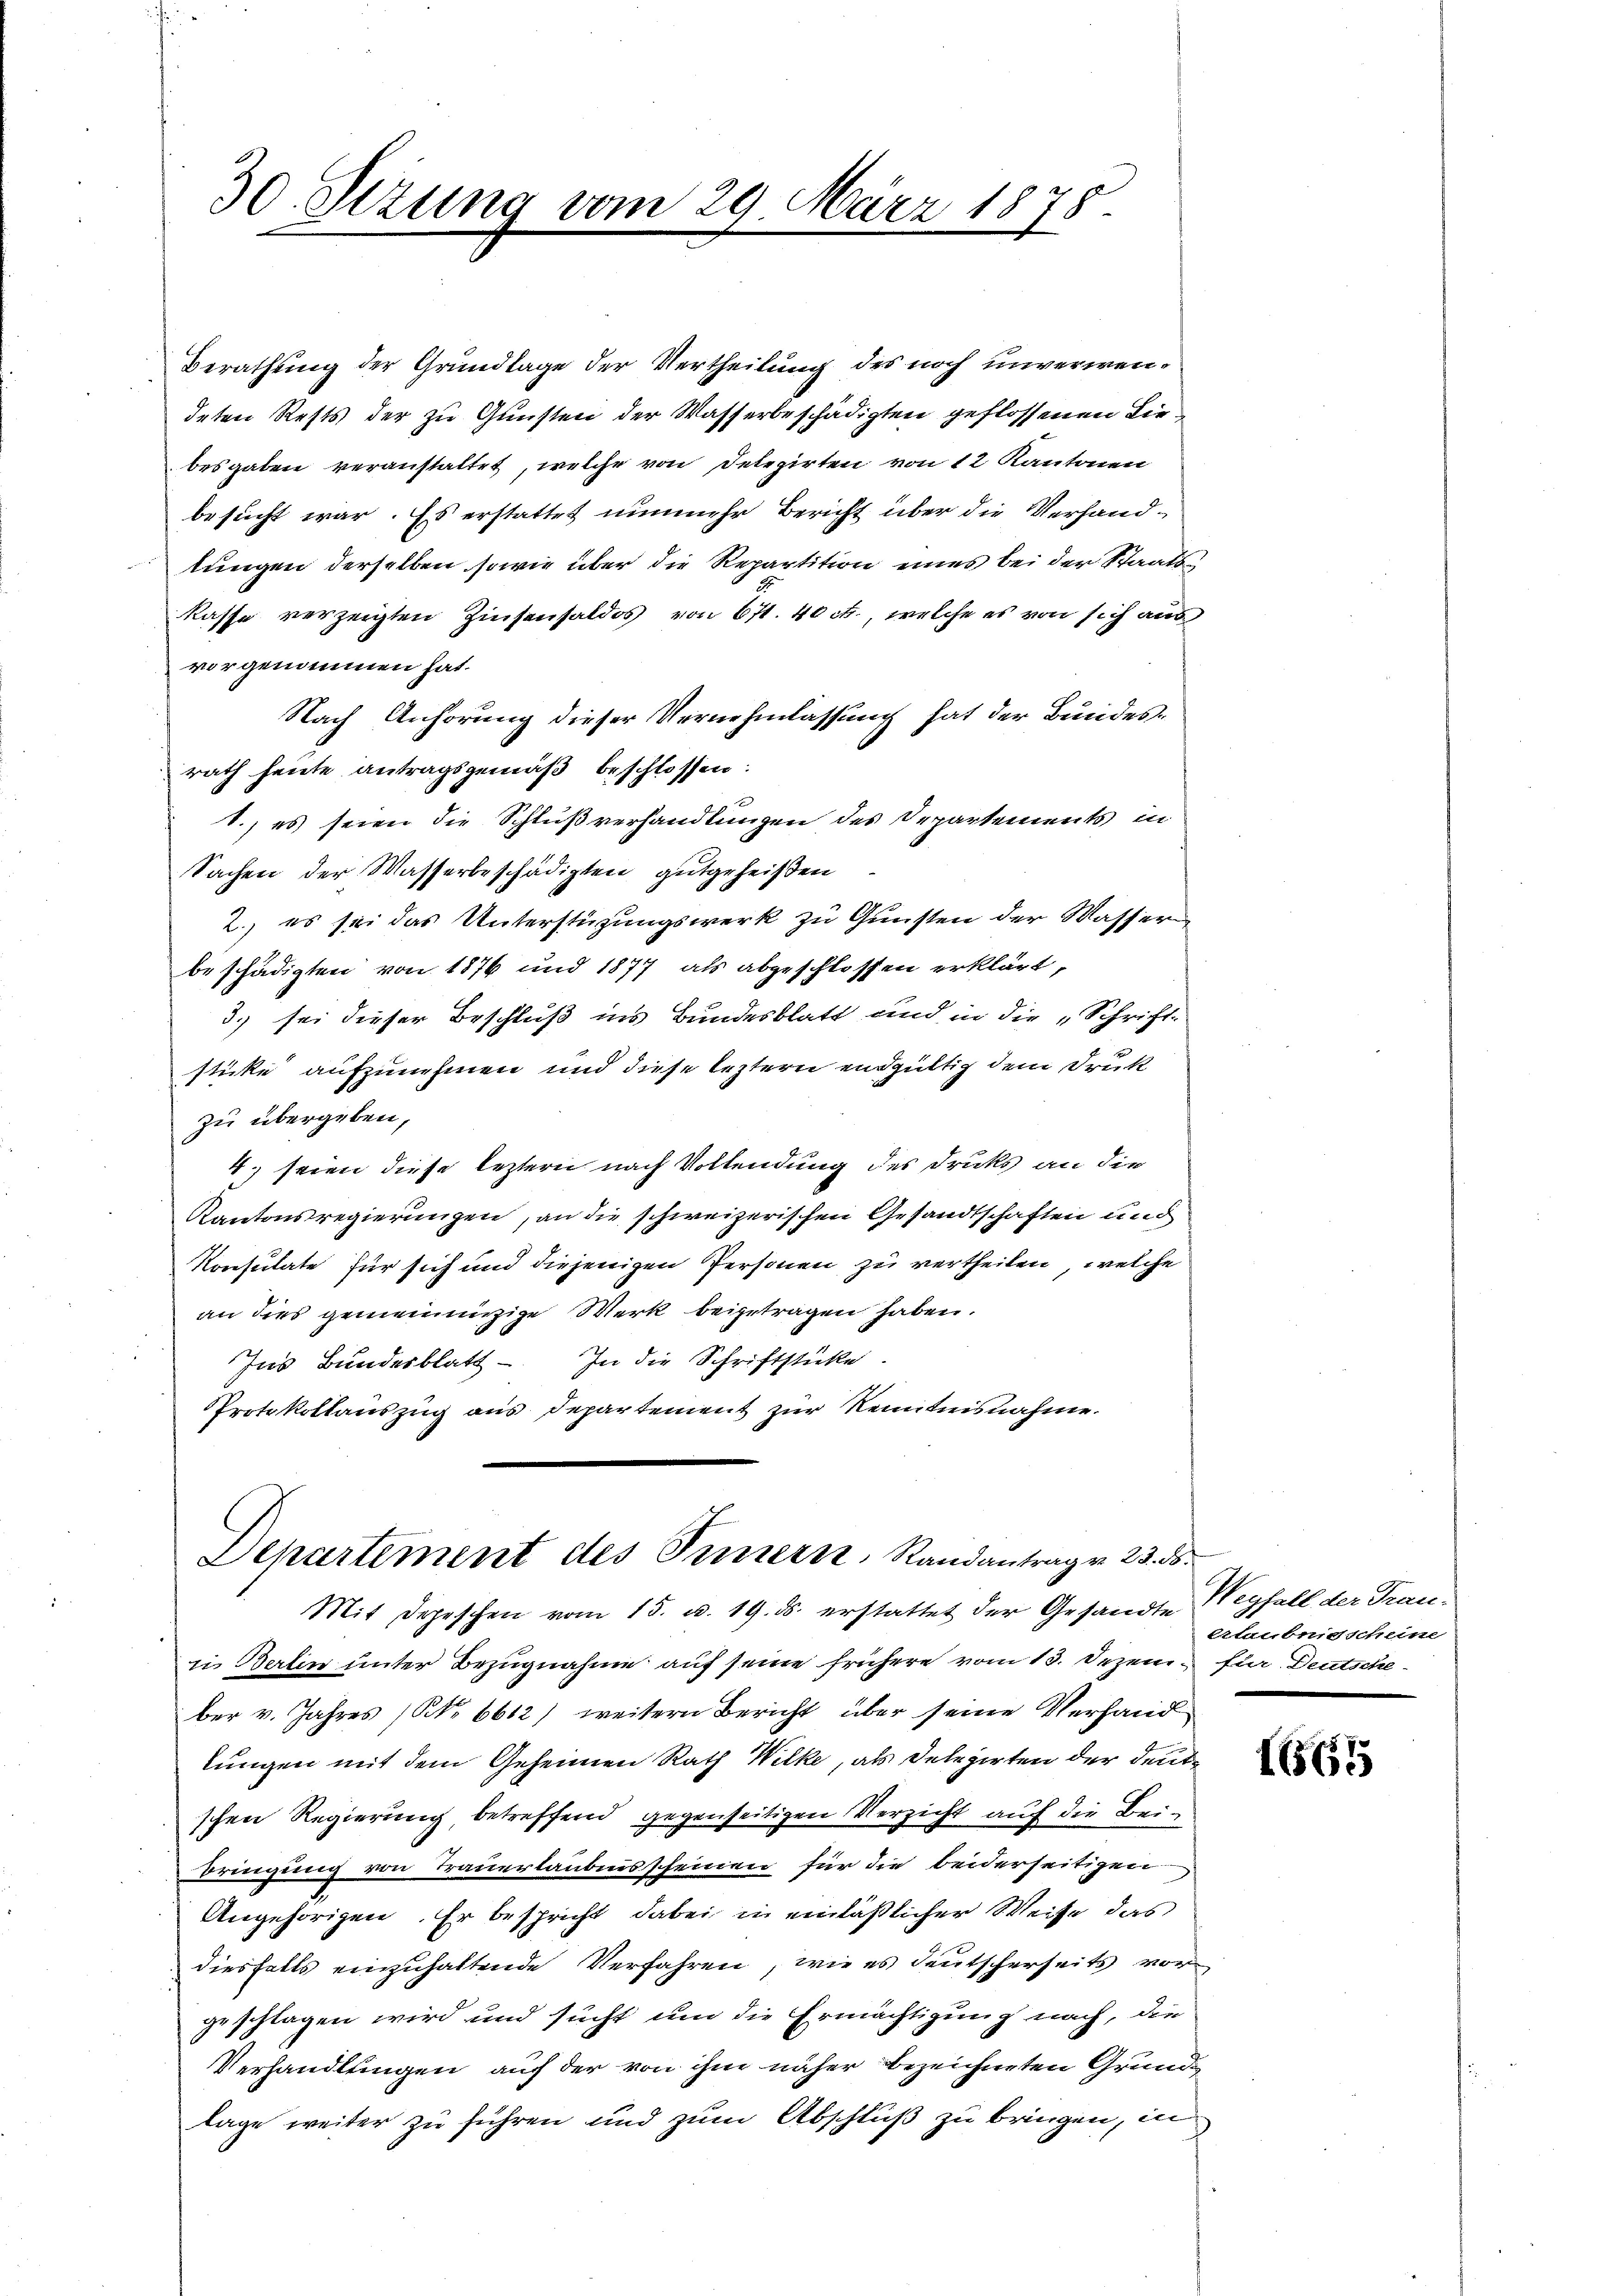
30 Setzung vom 29. März 1878

Berathung der Grundlage der Vertheilung des noch unverwendeten Rests der zu Gunsten der Wasserbeschädigten geflossenen Liebesgaben veranstaltet, welche von Delegirten von 12 Kantonen
besucht war. Es erstattet nunmehr Bericht über die Verhandlungen derselben sowie über die Repartition eines bei der Staatskasse verzeigten Zinsensaldos von 671. 40 ct., welche es von sich aus
vorgenommen hat.
Nach Anhörung dieser Vernehmlassung hat der Bundesrath heute antragsgemäß beschlossen:
1., es seien die Schlußverhandlungen des Departements in
Sachen der Wasserbeschädigten gutgeheißen
2., es sei das Unterstüzungswerk zu Gunsten der Wasser
beschädigten von 1876 und 1877 als abgeschlossen erklärt,
3. sei dieser Beschluß ins Bundesblatt und in die „Schriftsticke aufzunehmen und diese leztern endgültig dem Druck
zu übergeben,
4. seien diese leztern nach Vollendung des Drucks an die
Kantonsregierungen, an die schweizerischen Gesandtschaften und
Konsulate für sich und diejenigen Personen zu vertheilen, welche
an dies gemeinanzige Werk beigetragen haben.
Ins Bundesblatt - In die Schriftstücke
Protokollauszug aus Departement zur Kenntnisnahme.

Departement des Innern, Randantrag v. 23. ds.

extaubnisscheine

Mit Depeschen vom 15. u. 19. ds. erstattet der Gesandte Wegfall der Trau-
in Berlin unter Bezugnahme auf seine frühere vom 13. Dezem für Deutscheber v. Jahres (NNo. 6612) weitern Bericht über seine Verhand
lungen mit dem Geheimen Rath Wilke, als Delegirten der deute
schen Regierung, betreffend gegenseitigen Verzicht auf die Beibringung von Trauerlaubnisscheinen für die beiderseitigen
Angehörigen. Er bespricht dabei in einläßlicher Weise das
diesfalls einzuhaltende Verfahren, wie es deutscherseits vor
geschlagen wird und sucht um die Ermächtigung nach, die
Verhandlungen auf der von ihm näher bezeichneten Grundlage weiter zu führen und zum Abschluß zu bringen, in

1651